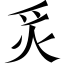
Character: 炙